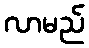
လာမည်